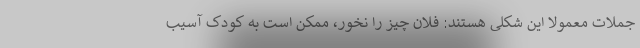
جملات معمولا این شکلی هستند: فلان چیز را نخور، ممکن است به کودک آسیب